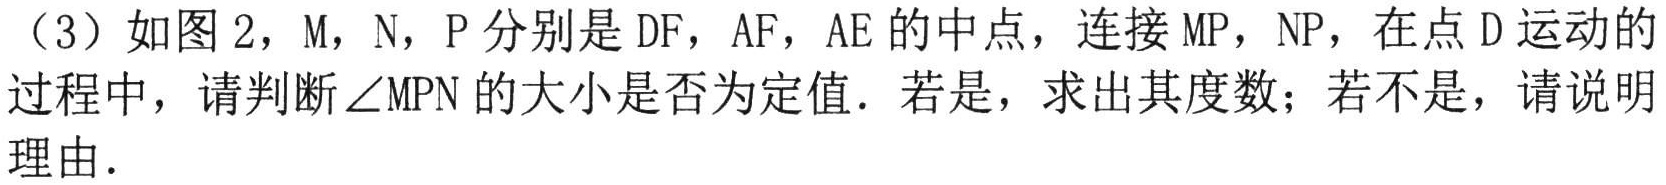
（3）如图2，M，N，P分别是DF，AF，AE的中点，连接MP，NP，在点D运动的过程中，请判断$\angle MPN$的大小是否为定值．若是，求出其度数；若不是，请说明理由．